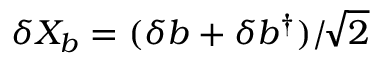
\delta X _ { b } = ( \delta b + \delta b ^ { \dagger } ) / \! \sqrt { 2 }